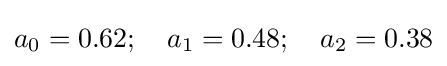
a_{0}=0.62;\quad a_{1}=0.48;\quad a_{2}=0.38